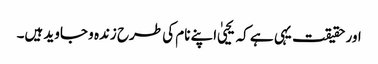
اور حقیقت یہی ہے کہ یحییٰ اپنے نام کی طرح زندہ و جاوید ہیں۔